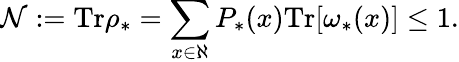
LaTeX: \mathcal{N}:=\mathrm{Tr}\rho_{\ast}=\sum_{x\in\aleph}P_{\ast}(x)\mathrm{Tr}[\omega_{\ast}(x)]\leq 1.